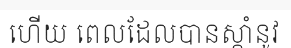
ហើយ ពេលដែលបានស្តាំនូវ